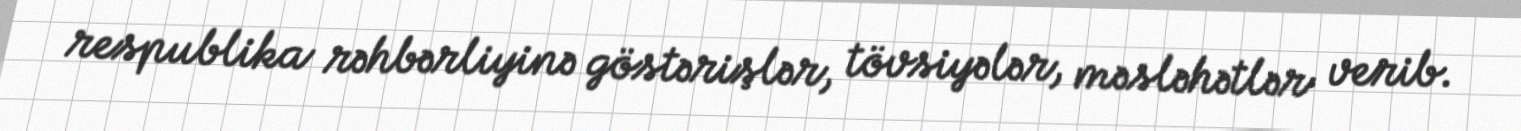
respublika rəhbərliyinə göstərişlər, tövsiyələr, məsləhətlər verib.